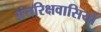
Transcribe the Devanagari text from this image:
अंतरिक्षवासियों